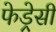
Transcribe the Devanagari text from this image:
फेड्रेसी